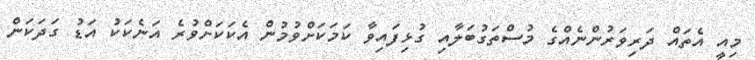
މިއީ އެތައް ދަރިވަރުންނެއްގެ މުސްތަގުބަލާއި ގުޅިފައިވާ ކަމަކަށްވުމުން އެކަކަށްވުރެ އަނެކަކު އަޑު ގަދަކަން